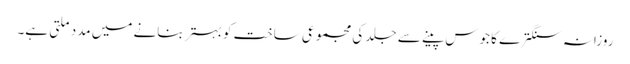
روزانہ سنگترے کا جوس پینے سے جلد کی مجموعی ساخت کو بہتر بنانے میں مدد ملتی ہے۔